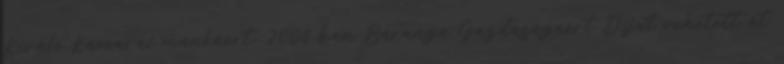
Kiváló Kamarai munkáért, 2008-ban Baranya Gazdaságáért Díjat vehetett át.